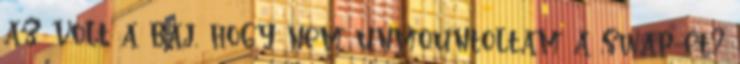
az volt a baj, hogy nem unmountoltam a swap-et?